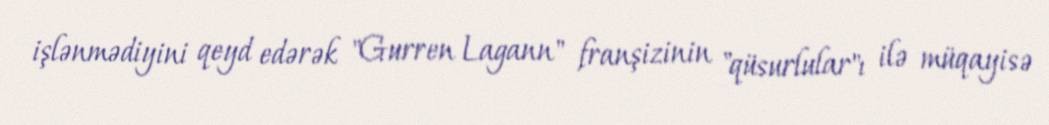
işlənmədiyini qeyd edərək "Gurren Lagann" franşizinin "qüsurlular"ı ilə müqayisə